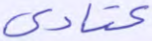
عتادى